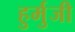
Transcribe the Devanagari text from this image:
हुर्मुजी